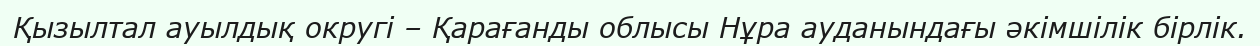
Қызылтал ауылдық округі – Қарағанды облысы Нұра ауданындағы әкімшілік бірлік.